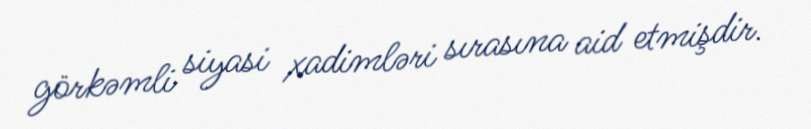
görkəmli siyasi xadimləri sırasına aid etmişdir.